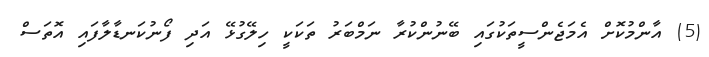
(5) އާންމުކޮށް އެމަޖެންސީތަކުގައި ބޭނުންކުރާ ނަމްބަރު ތަކަކީ ހިލޭގުޅޭ އަދި ފޯނުކަނޑާލާފައި އޮތަސް